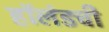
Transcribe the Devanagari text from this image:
हॉलंडची